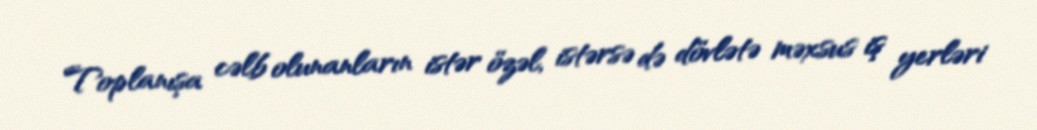
Toplanışa cəlb olunanların istər özəl, istərsə də dövlətə məxsus iş yerləri